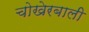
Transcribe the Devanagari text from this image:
चोखेरबाली